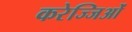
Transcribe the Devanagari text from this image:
करेज्जिओं